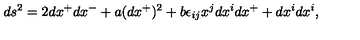
d s ^ { 2 } = 2 d x ^ { + } d x ^ { - } + a ( d x ^ { + } ) ^ { 2 } + b \epsilon _ { i j } x ^ { j } d x ^ { i } d x ^ { + } + d x ^ { i } d x ^ { i } ,